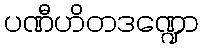
ပဏီဟိတဒဏ္ဍော